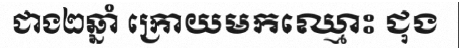
ជាង២ឆ្នាំ ក្រោយមកឈ្មោះ ជុង